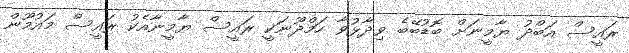
ރައީސް އަބްދު ޔާމީނަށް ބޮޑުބޭބެ ވިދާޅުވާ ހަމްދޫނަކީ ރައީސް ޔާމީނާއެކު ރައީސް މައުމޫން